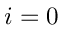
i = 0